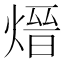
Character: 𪹓